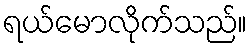
ရယ်မောလိုက်သည်။